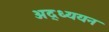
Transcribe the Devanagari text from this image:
अद्ध्ययन